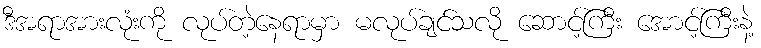
ဒီအရာအားလုံးကို လုပ်တဲ့နေရာမှာ မလုပ်ချင်သလို ဆောင့်ကြီး အောင့်ကြီးနဲ့